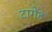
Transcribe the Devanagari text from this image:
टागेंट